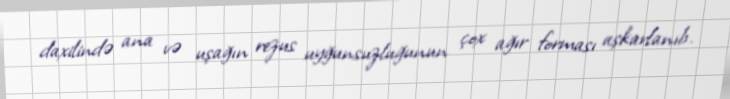
daxilində ana və uşağın rezus uyğunsuzluğunun çox ağır forması aşkarlanıb.